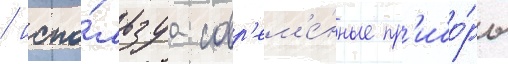
/ испо́льзуа совр'ем'е́нные пр'ибо́ры